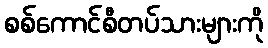
စစ်ကောင်စီတပ်သားများကို